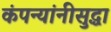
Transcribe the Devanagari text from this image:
कंपन्यांनीसुद्धा